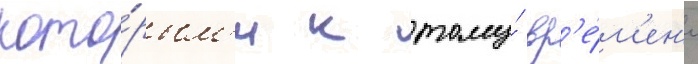
кото́рым'и к тому́ вр'е́м'ен'и